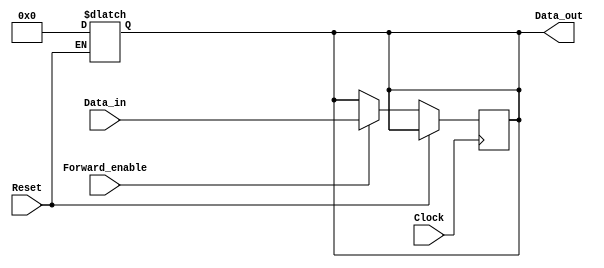
module ForwardingRegister (
    input wire [31:0] Data_in,       // Input data (32-bit)
    input wire Forward_enable,        // Control signal for forwarding
    input wire Clock,                 // Clock signal
    input wire Reset,                 // Asynchronous reset signal
    output reg [31:0] Data_out        // Output data (32-bit)
);

    // Asynchronous reset behavior
    always @(*) begin
        if (Reset) begin
            Data_out = 32'b0;         // Clear the register on reset
        end
    end

    // Sequential logic for data forwarding
    always @(posedge Clock) begin
        if (!Reset) begin
            if (Forward_enable) begin
                Data_out <= Data_in;  // Forward Data_in to Data_out
            end
            // If Forward_enable is not asserted, Data_out retains its value
        end
    end

endmodule